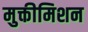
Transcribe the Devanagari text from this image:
मुक्तीमिशन